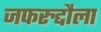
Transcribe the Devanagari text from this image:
जफरुद्दौला